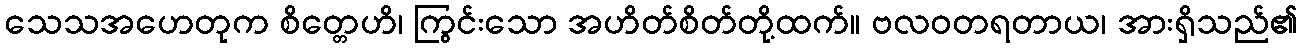
သေသအဟေတုက စိတ္တေဟိ၊ ကြွင်းသော အဟိတ်စိတ်တို့ထက်။ ဗလဝတရတာယ၊ အားရှိသည်၏